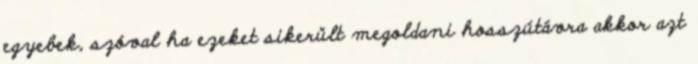
egyebek, szóval ha ezeket sikerült megoldani hosszútávra akkor azt